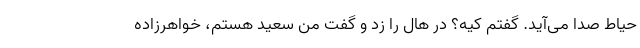
حیاط صدا می‌آید. گفتم کیه؟ در هال را زد و گفت من سعید هستم، خواهرزاده